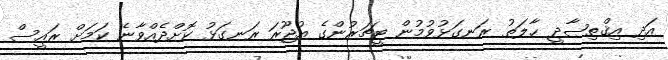
އަދި އިޤްތިޞާދީ ޙާލަތު ރަނގަޅުވުމުން ޓީޗަރުންގެ އުޖޫރަ ރަނގަޅު ކޮށްދެއްވާނެ ކަމަށް ރައީސް